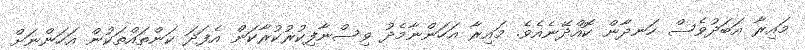
މައިރާ އަބަދުވެސް ހަނދާން ކޮއްދޭނެއެވެ. މައިރާ އަހަންނާމެދު ވިސްނާފިކުރުކުރާކަން އެފަދަ ކަންތައްތަކުން އަހަންނަށް